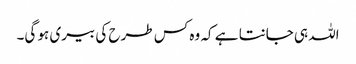
اللہ ہی جانتا ہے کہ وہ کس طرح کی بیری ہو گی۔